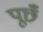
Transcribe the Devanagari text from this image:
पूछँ